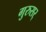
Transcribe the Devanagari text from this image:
गुरुसर्